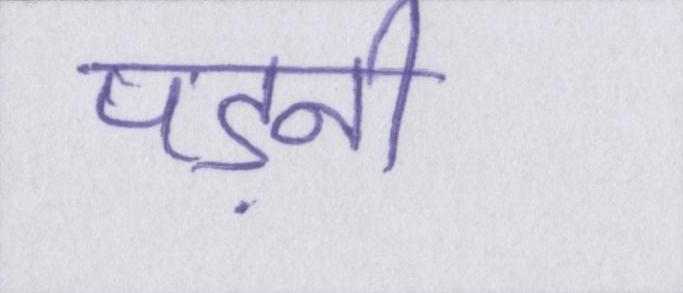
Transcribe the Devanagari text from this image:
पड़नी